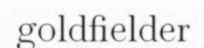
goldfielder